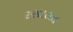
રસાલત